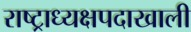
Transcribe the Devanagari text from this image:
राष्ट्राध्यक्षपदाखाली